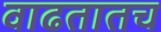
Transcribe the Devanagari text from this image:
वाढतातच